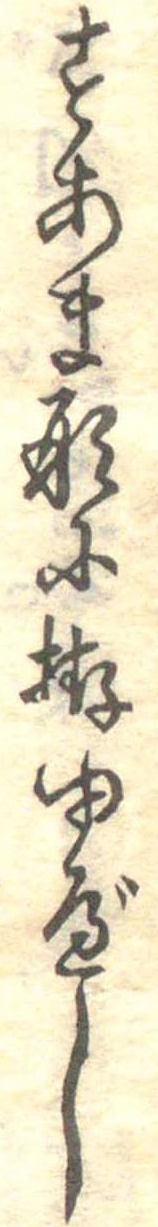
すあま形に拵ゆべし